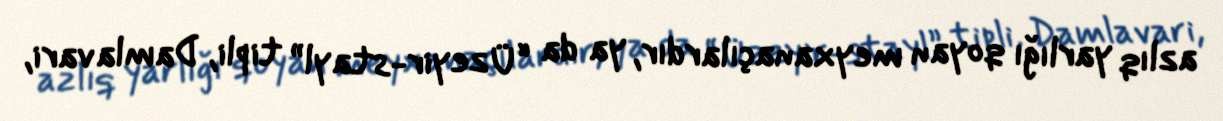
azlıq yarlığı qoyan meyxanaçılardır, ya da “Üzeyir-stayl” tipli, Damlavari,